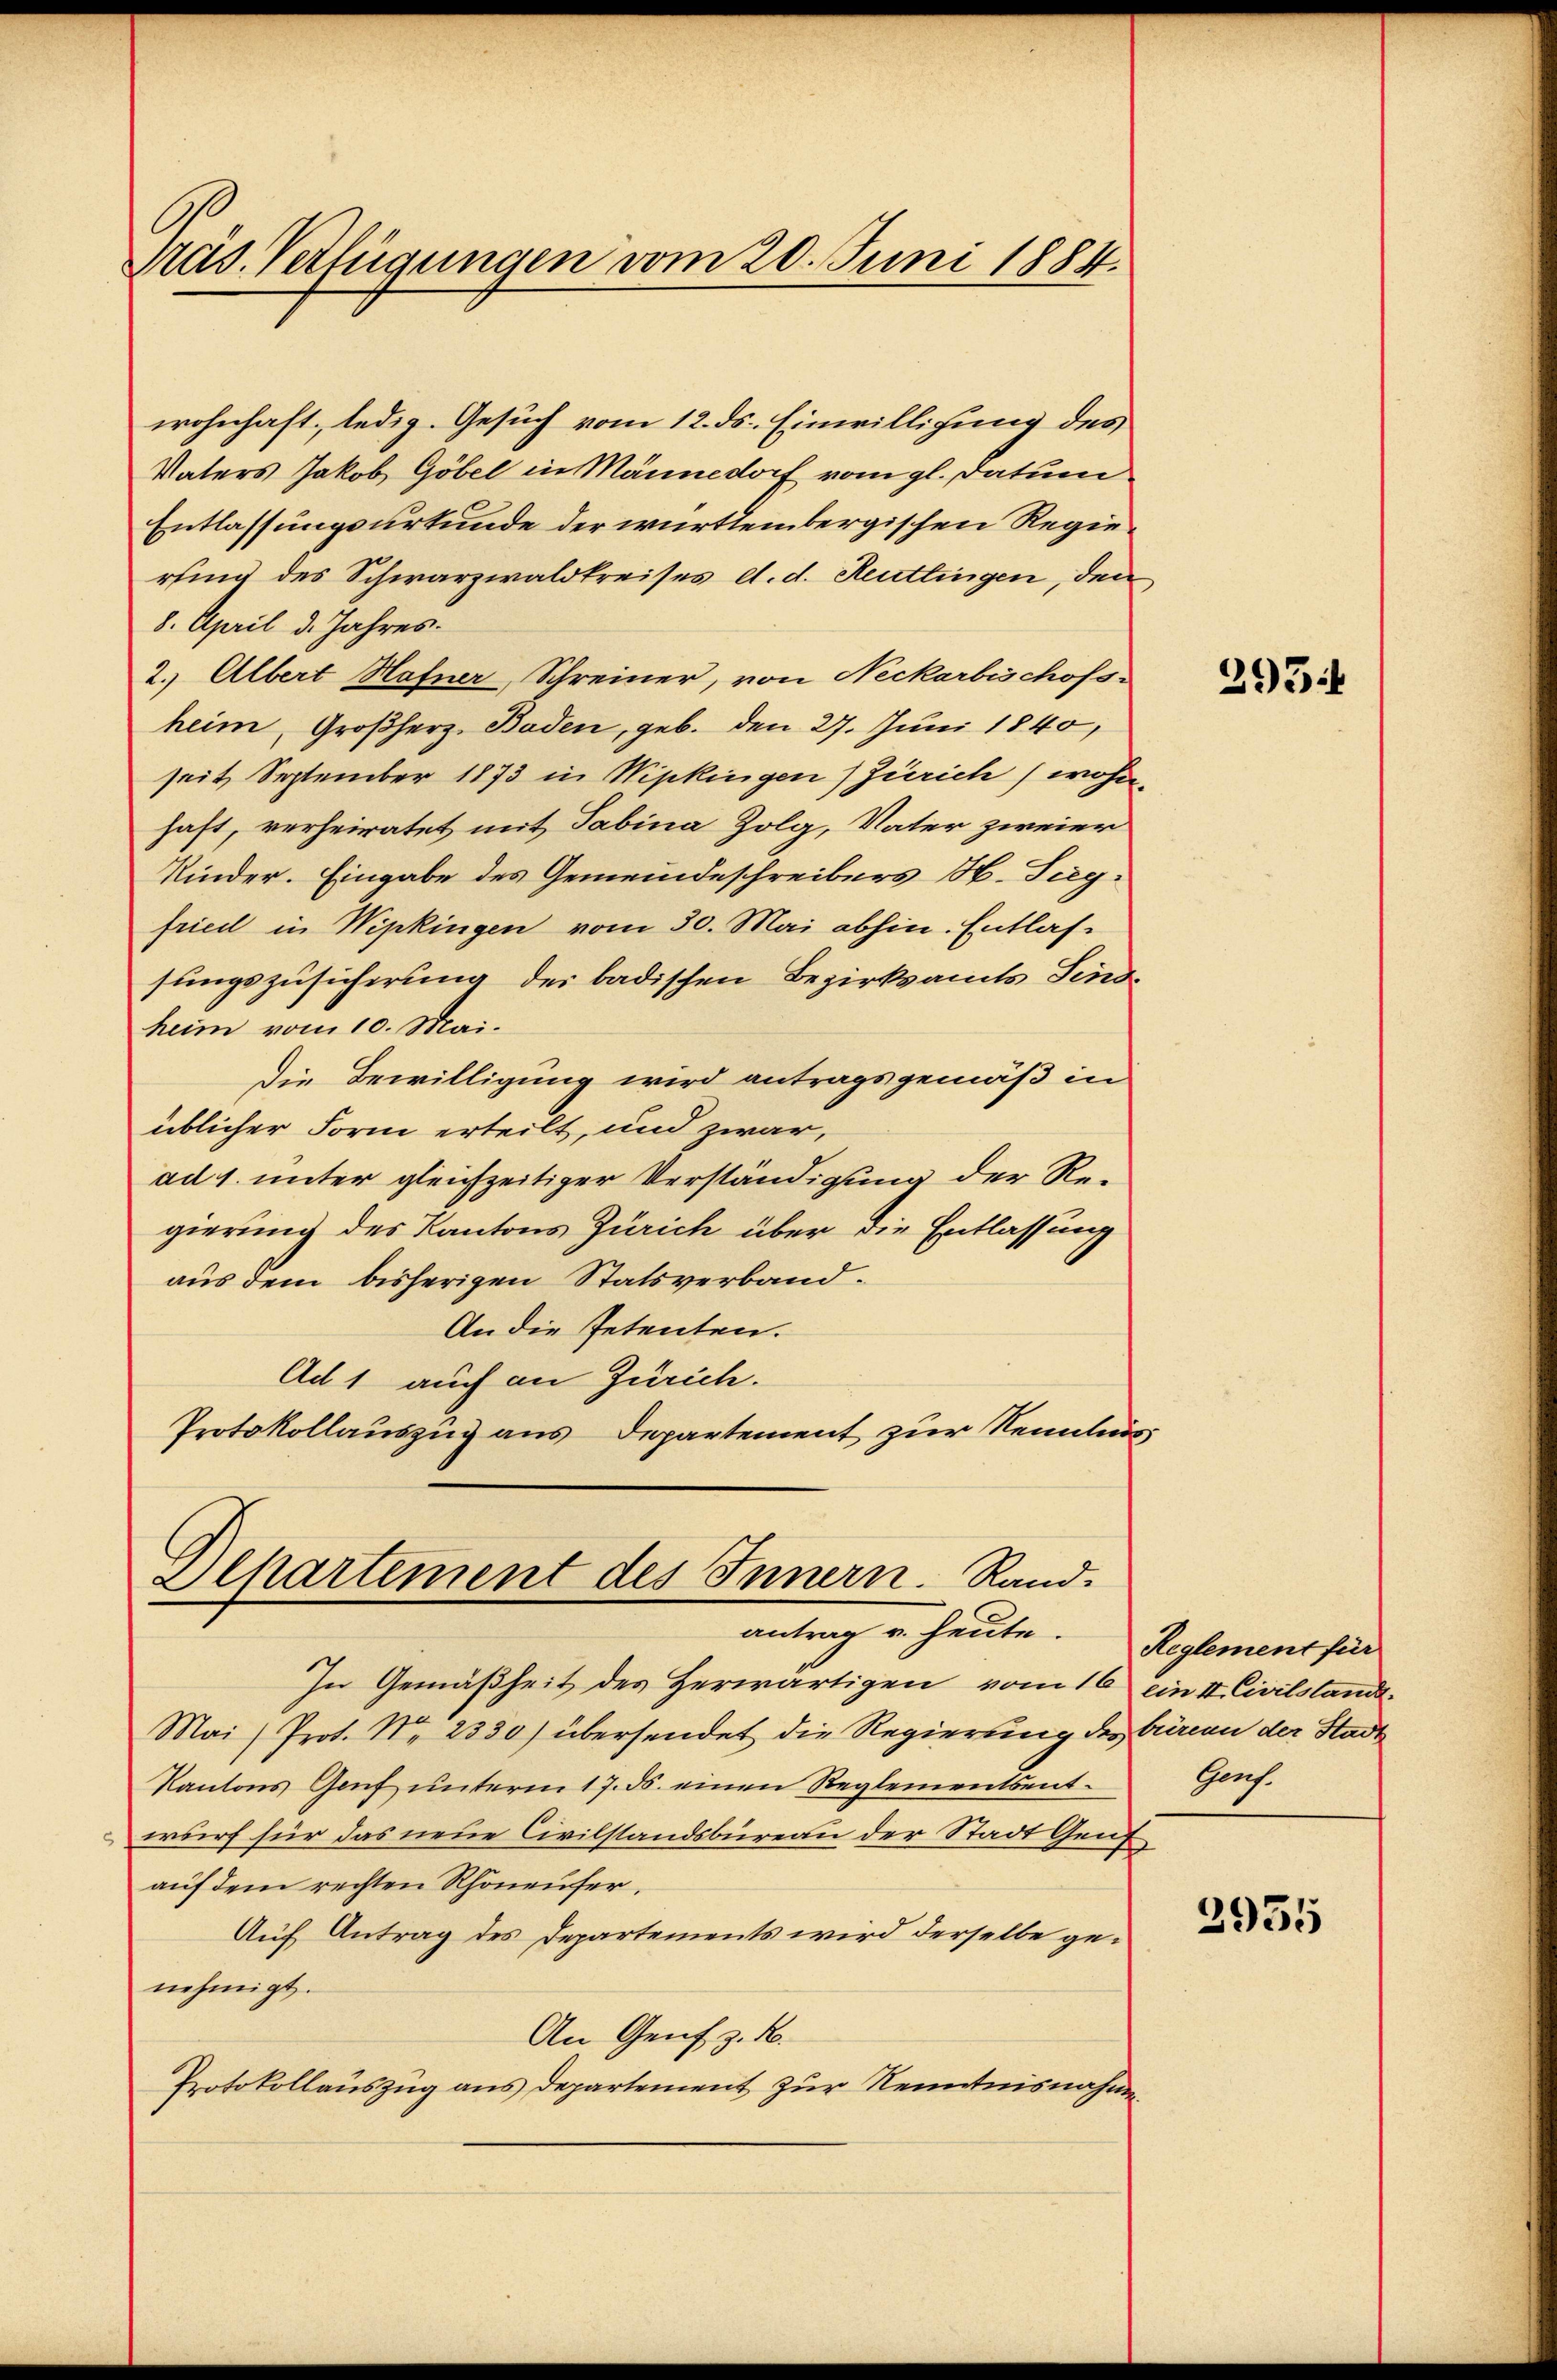
Präs. Verfügungen vom 20. Juni 1884.

wohnhaft, ledig. Gesuch vom 12. ds. Einwilligung des
Vaters Jakob Göbel in Männedorf vom gl. datum
Entlassungsurkunde der württembergischen Regierung des Schwarzwaldkreises d. d. Reutlingen, den
8. April d. Jahres.
2. Albert Hafner, Schreiner, von Neckarbischofs-
heim, Großherz- Baden, geb. den 27. Juni 1840,
seit September 1873 in Wipkingen (Zürich, wohn
haft, verheiratet mit Tabina Zolg, Vater zweier
Kinder. Eingabe des Gemeindeschreibers H. Tiegfried in Wipkingen vom 30. Mai abhin. Entlassungszusicherung der badischen Bezirksamts Sindheim vom 10. Mai.
Die Bewilligung wird antragsgemäß in
üblicher Form erteilt, und zwar,
ad 1. unter gleichzeitiger Verständigung der Regierung des Kantons Zürich über die Entlassung
aus dem bisherigen Statsverband¬
An die Petenten.
Ad 1 auch an Zürich.
Protokollauszug aus Departement zur Nennlei¬

Alkartement des Innern. Rand.
antrag u. heute.

In Gemäßheit des Herwärtigen vom 16 ein II. Civilstand.
Mai (Prot. No. 2330) übersendet die Regierung des Büreau der Stadt
Kantons Genf unterm 17. ds. einen Reglementsent-
wurf für das neue Civilstandsbüreau der Stadt Genf
auf dem rechten Rhonenser.
Auf Antrag des Departements wird derselbe genehmigt.
An Genf z. B.
Protokollauszug aus Departement zur Kenntnisnahme

293

Reglement für
Genf.

2955